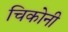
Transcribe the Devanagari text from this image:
चिकोनी